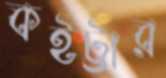
কইট্টার